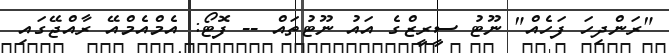
"ރަންދިހަ ފަހެއް" ނޫޓު ސީރީޒްގެ އައު ނޫޓުތައް -- ފޮޓޯ: އެމްއެމްއޭ ރާއްޖޭގައި